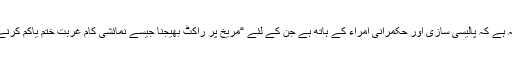
اس کی بڑی وجہ یہ ہے کہ پالیسی سازی اور حکمرانی امراء کے ہاتھ ہے جن کے لئے “مریخ پر راکٹ بھیجنا جیسے نمائشی کام غربت ختم یاکم کرنے سے زیادہ اہم ہیں۔